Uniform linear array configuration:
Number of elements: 64
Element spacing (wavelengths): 0.75
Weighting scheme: hann
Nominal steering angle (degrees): -45
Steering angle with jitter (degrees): -45.948
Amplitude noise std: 0.05
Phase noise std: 0.05

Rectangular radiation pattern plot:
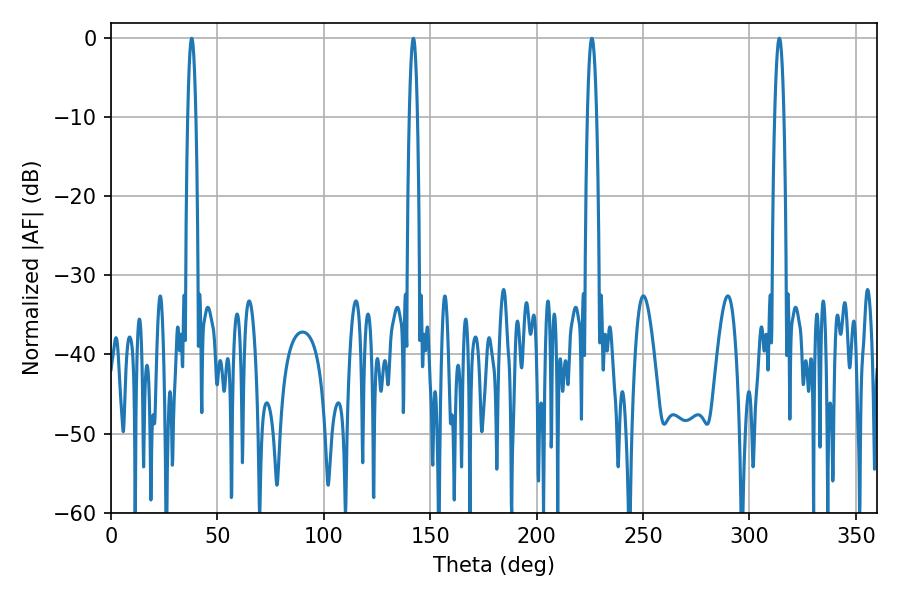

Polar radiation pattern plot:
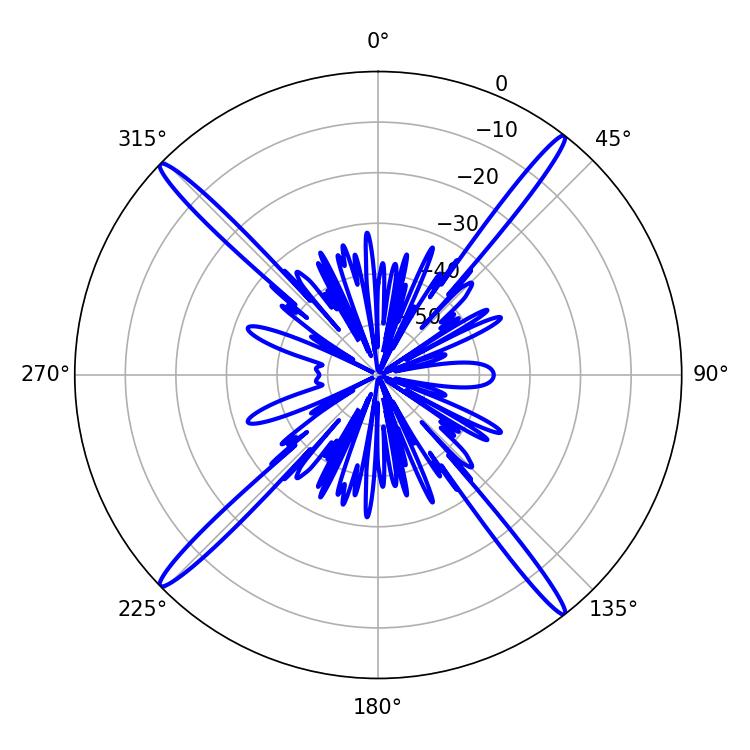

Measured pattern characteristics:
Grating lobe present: TRUE
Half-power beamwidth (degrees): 2.34
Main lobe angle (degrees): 225.9